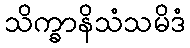
သိက္ခာနိသံသမိဒံ